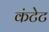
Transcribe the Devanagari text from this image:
कंटेट